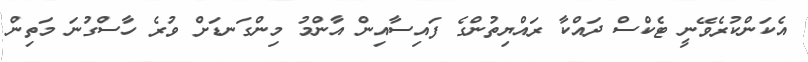
އެކަންކުރެވޭނީ ޓެކްސް ދައްކާ ރައްޔިތުންގެ ފައިސާއިން އާންމު މިންގަނޑަށް ވުރެ ހާސްގުނަ މަތިން